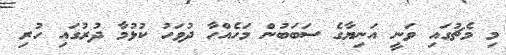
މި މެޗުގައި ވަނީ އަނިޔާގެ ސަބަބުން މަހެއްހާ ދުވަހު ކުޅުމާ ދުރުގައި ހުރި